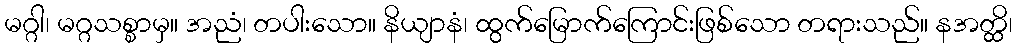
မဂ္ဂါ၊ မဂ္ဂသစ္စာမှ။ အညံ၊ တပါးသော။ နိယျာနံ၊ ထွက်မြောက်ကြောင်းဖြစ်သော တရားသည်။ နအတ္ထိ၊